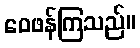
ဝေဖန်ကြသည်။